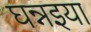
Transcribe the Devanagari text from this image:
घन्नइया